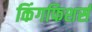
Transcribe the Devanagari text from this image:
किंगफिशर्स